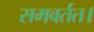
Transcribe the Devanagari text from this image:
समवर्तत।